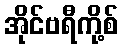
အိုင်ဗရီကို့စ်